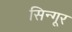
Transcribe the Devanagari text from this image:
सिन्गूर